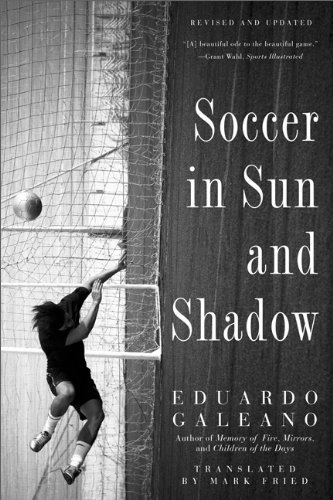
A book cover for Soccer in Sun and Shadow; Eduardo Galeano; Literature & Fiction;